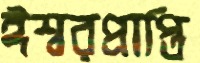
ঈশ্বরপ্রাপ্তি